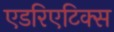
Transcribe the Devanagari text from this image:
एडरिएटिक्स